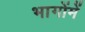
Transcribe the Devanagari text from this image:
भागोंमें